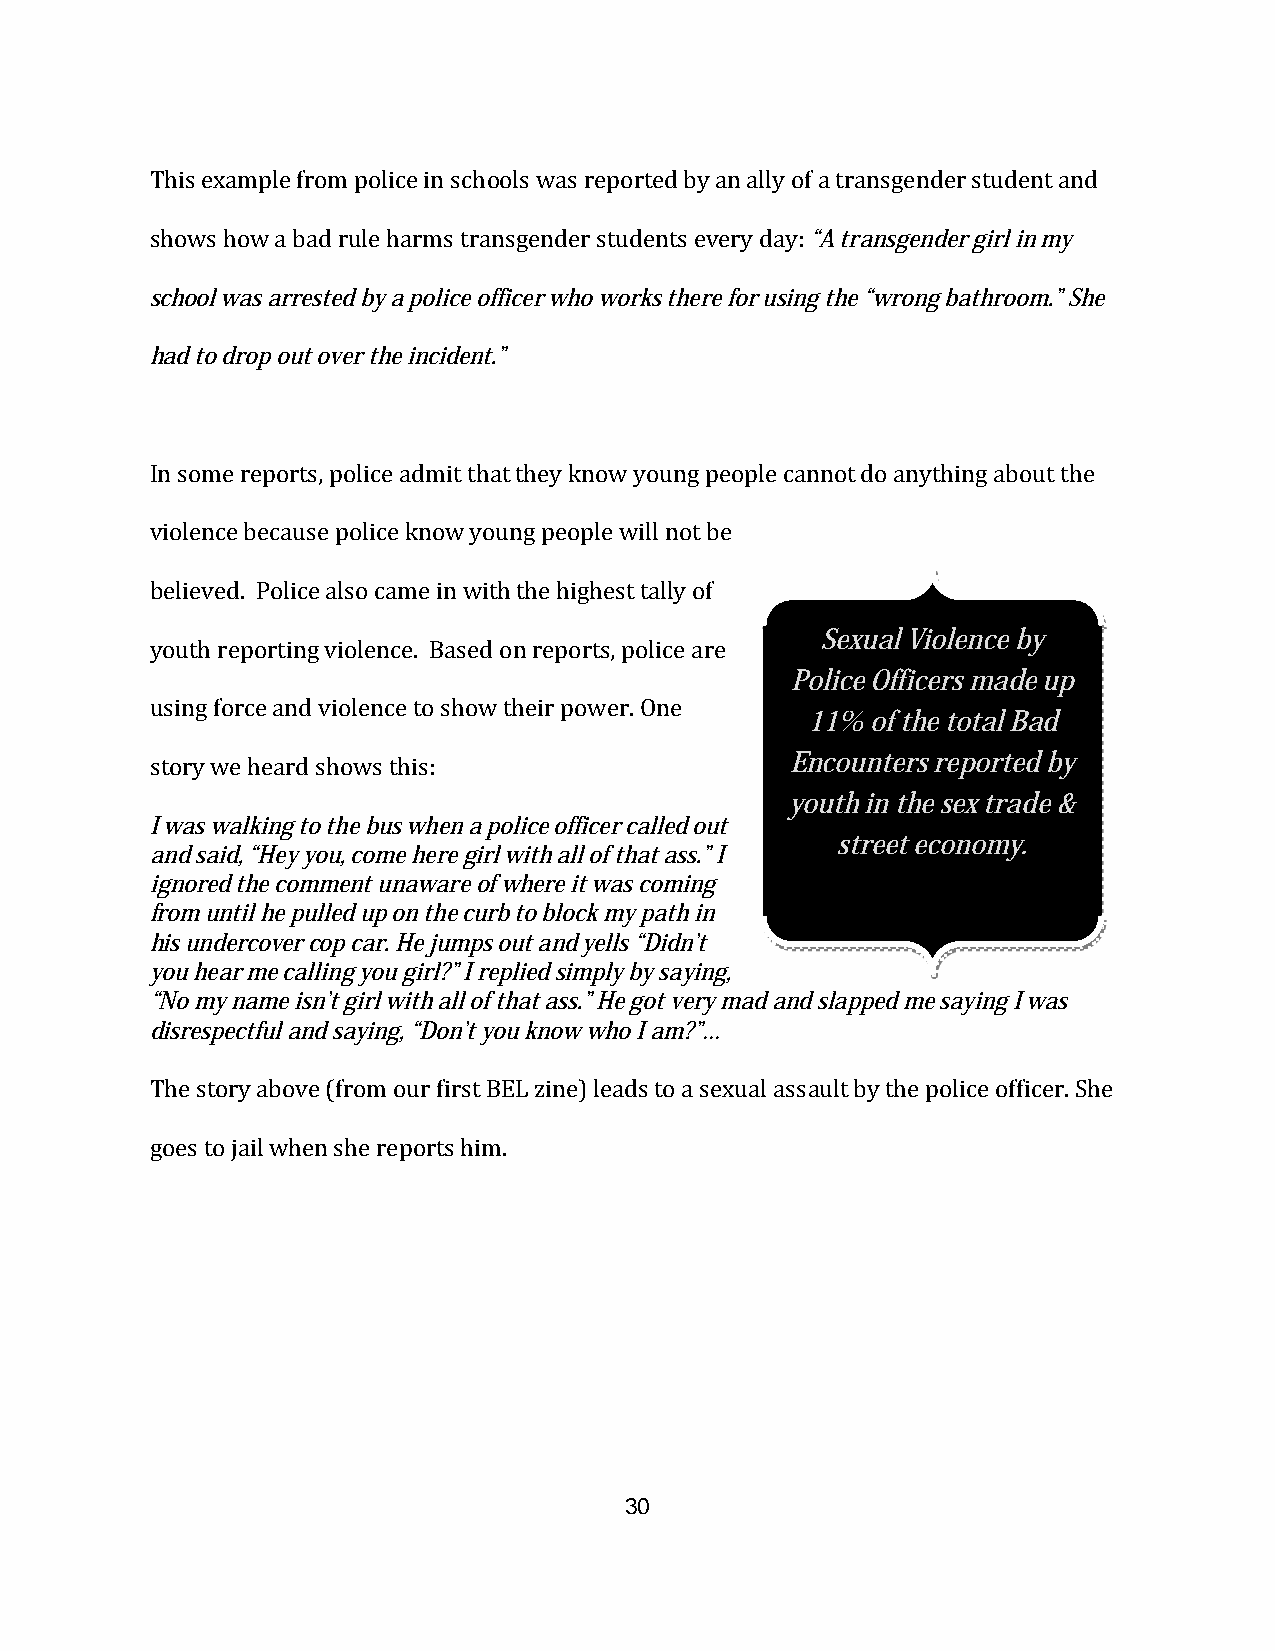
This example from police in schools was reported by an ally of a transgender student and
 shows how a bad rule harms transgender students every day: “A transgender girl in my
 school was arrested by a police officer who works there for using the “wrong bathroom.” She
 had to drop out over the incident.”
 In some reports, police admit that they know young people cannot do anything about the
 violence because police know young people will not be
 believed. Police also came in with the highest tally of
 Sexual Violence by
 youth reporting violence. Based on reports, police are
 Police Officers made up
 using force and violence to show their power. One
 11%  of the total Bad
 story we heard shows this:                Encounters reported by
 youth in the sex trade &
 I was walking to the bus when a police officer called out
 street economy.
 and said, “Hey you, come here girl with all of that ass.” I
 ignored the comment unaware of where it was coming
 from until he pulled up on the curb to block my path in
 his undercover cop car. He jumps out and yells “Didn’t
 you hear me calling you girl?” I replied simply by saying,
 “No my name isn’t girl with all of that ass.” He got very mad and slapped me saying I was
 disrespectful and saying, “Don’t you know who I am?”…
 The story above (from our first BEL zine) leads to a sexual assault by the police officer. She
 goes to jail when she reports him.
 30